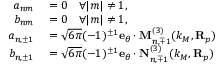
\begin{array} { r l } { a _ { n m } } & { { } = 0 \quad \forall | m | \neq 1 , } \\ { b _ { n m } } & { { } = 0 \quad \forall | m | \neq 1 , } \\ { a _ { n , \pm 1 } } & { { } = \sqrt { 6 \pi } ( - 1 ) ^ { \pm 1 } \mathbf { e } _ { \theta } \cdot \mathbf { M } _ { n , \mp 1 } ^ { ( 3 ) } ( k _ { M } , \mathbf { R } _ { p } ) } \\ { b _ { n , \pm 1 } } & { { } = \sqrt { 6 \pi } ( - 1 ) ^ { \pm 1 } \mathbf { e } _ { \theta } \cdot \mathbf { N } _ { n , \mp 1 } ^ { ( 3 ) } ( k _ { M } , \mathbf { R } _ { p } ) } \end{array}